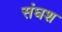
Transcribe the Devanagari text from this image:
संघश